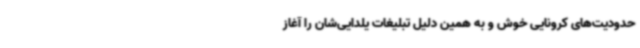
حدودیت‌های کرونایی خوش و به همین دلیل تبلیغات یلدایی‌شان را آغاز